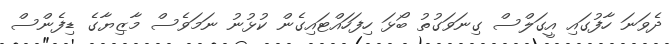
ދެވަނަ ހާފުގައި އީގަލްސް ގިނަވަގުތު ބޯޅަ ހިފަހައްޓައިގެން ކުޅުނު ނަމަވެސް މާޒިޔާގެ ޑިފެންސް